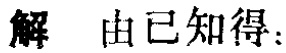
解 由已知得：